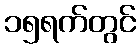
၁၅ရက်တွင်